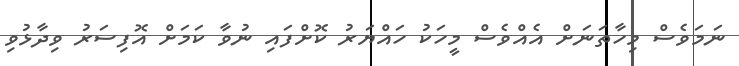
ނަމަވެސް މިހާތަނަށް އެއްވެސް މީހަކު ހައްޔަރު ކޮށްފައި ނުވާ ކަމަށް އޮފިސަރު ވިދާޅުވި